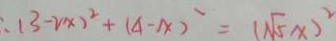
( 3 - 2 x ) ^ { 2 } + ( 4 - x ) ^ { 2 } = ( \sqrt { 5 } x ) ^ { 2 }